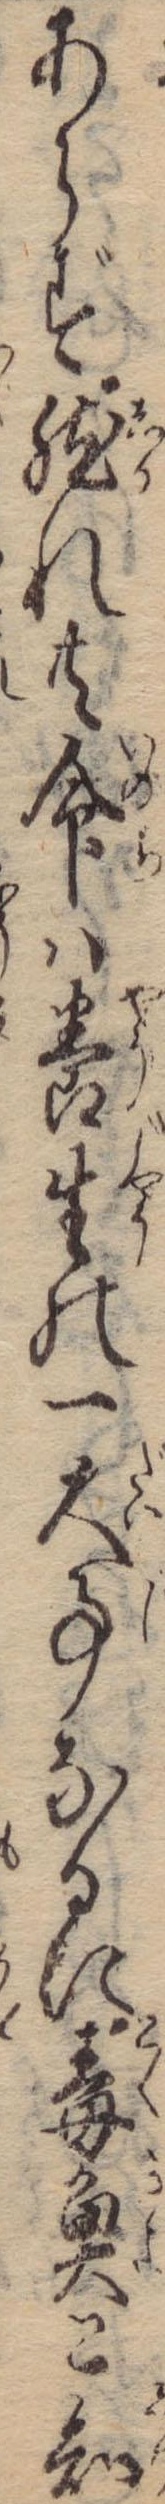
あらず然れ共命は養生の一大事なるに毒魚と知